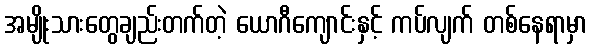
အမျိုးသားတွေချည်းတက်တဲ့ ယောဂီကျောင်းနှင့် ကပ်လျက် တစ်နေရာမှာ